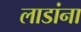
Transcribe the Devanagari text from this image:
लाडांना